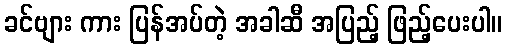
ခင်ဗျား ကား ပြန်အပ်တဲ့ အခါဆီ အပြည့် ဖြည့်ပေးပါ။